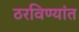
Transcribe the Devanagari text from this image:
ठरविण्यांत